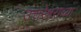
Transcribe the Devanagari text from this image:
उत्तरेश्वराच्या